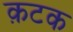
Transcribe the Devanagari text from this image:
क़टक